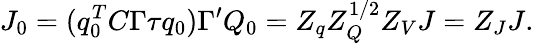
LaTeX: J_{0}=(q_{0}^{T}C\Gamma\tau q_{0})\Gamma^{\prime}Q_{0}=Z_{q}Z_{Q}^{1/2}Z_{V}J=Z_{J}J.